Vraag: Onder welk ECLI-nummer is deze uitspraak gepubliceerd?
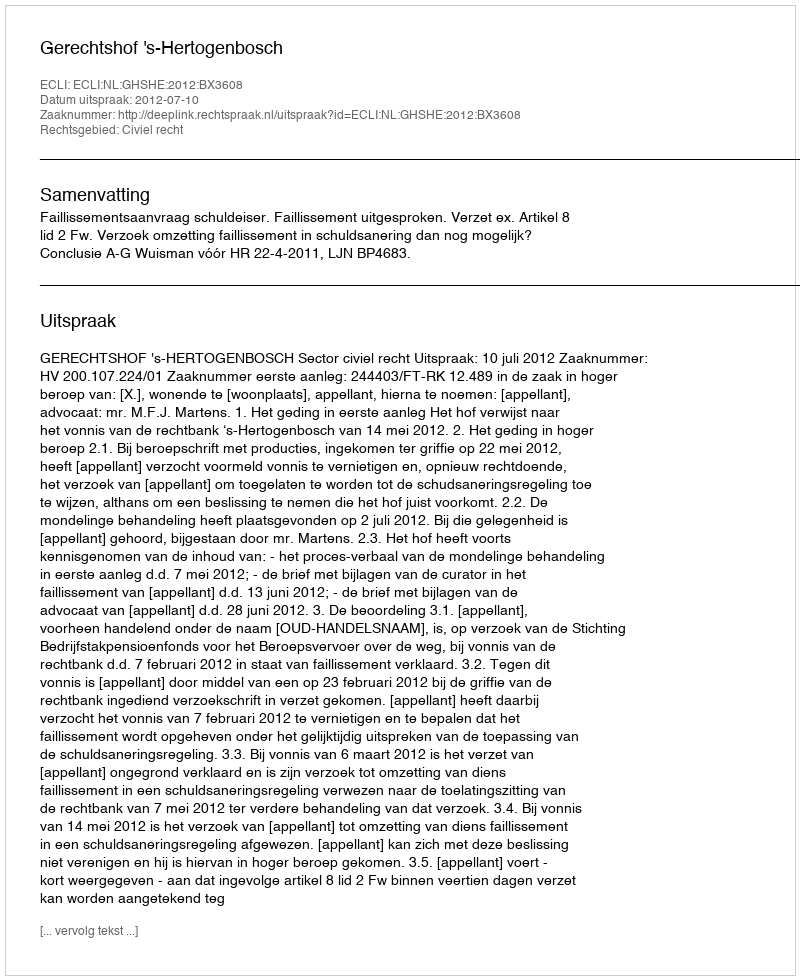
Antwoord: ECLI:NL:GHSHE:2012:BX3608